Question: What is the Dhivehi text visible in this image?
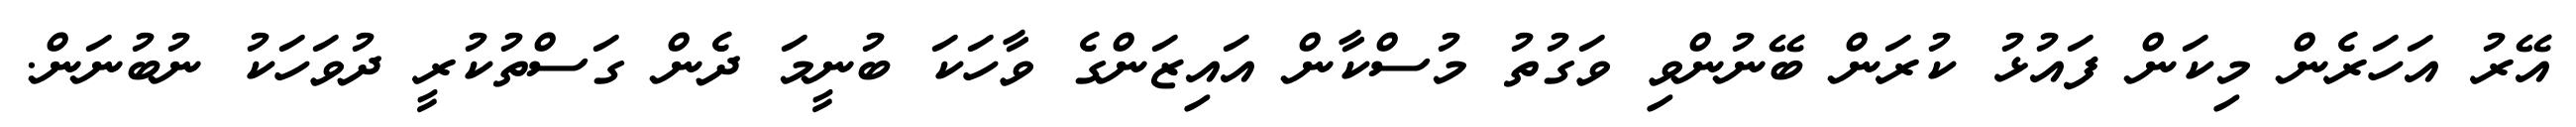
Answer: އޭރު އަހަރެން މިކަން ފައުޅު ކުރަން ބޭނުންވި ވަގުތު މުސްކާން އައިޒަންގެ ވާހަކަ ބުނީމަ ދެން ގަސްތުކުރީ ދުވަހަކު ނުބުނަން.